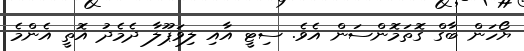
ޔޯހަން ބާގް ގޮތަމޮންސަން އެވެ. ސިޓީ އާއި ލިވަޕޫލާ ދެމެދު އޮތީ އެންމެ